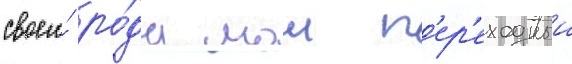
своего́ ро́да мои п'ер'еходныи